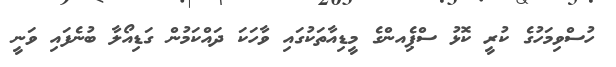
ހުސްވިމަހުގެ ކުރީ ކޮޅު ސްޕެިއންގެ މީޑިއާތަކުގައި ވާހަކަ ދައްކަމުން ގަޑިއޯލާ ބުނެފައި ވަނީ